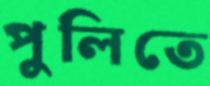
পুলিতে